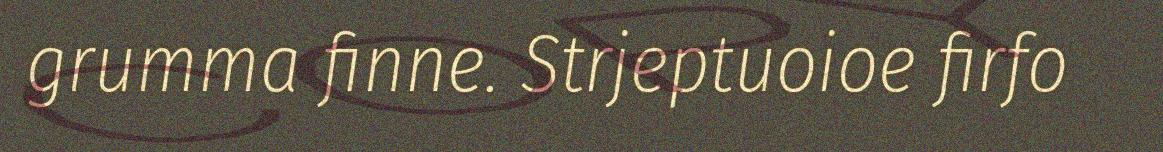
grumma finne. Strjeptuoioe firfo